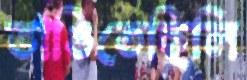
ভাঙিতেছিলি